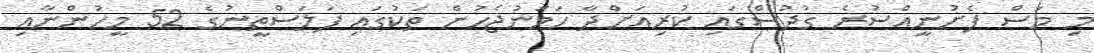
މި މަސް ފެށުނީއްސުރެ ގުދުސްގައި ކުރިއަށްދާ ހަމަނުޖެހުން ތަކުގައި ފަލަސްތީނުގެ 52 މީހުންނާއި